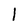
Character: 1